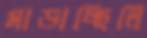
মাড়াচ্ছিলি